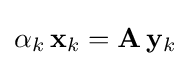
\alpha _{k}\,\mathbf {x} _{k}=\mathbf {A} \,\mathbf {y} _{k}